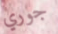
جوري